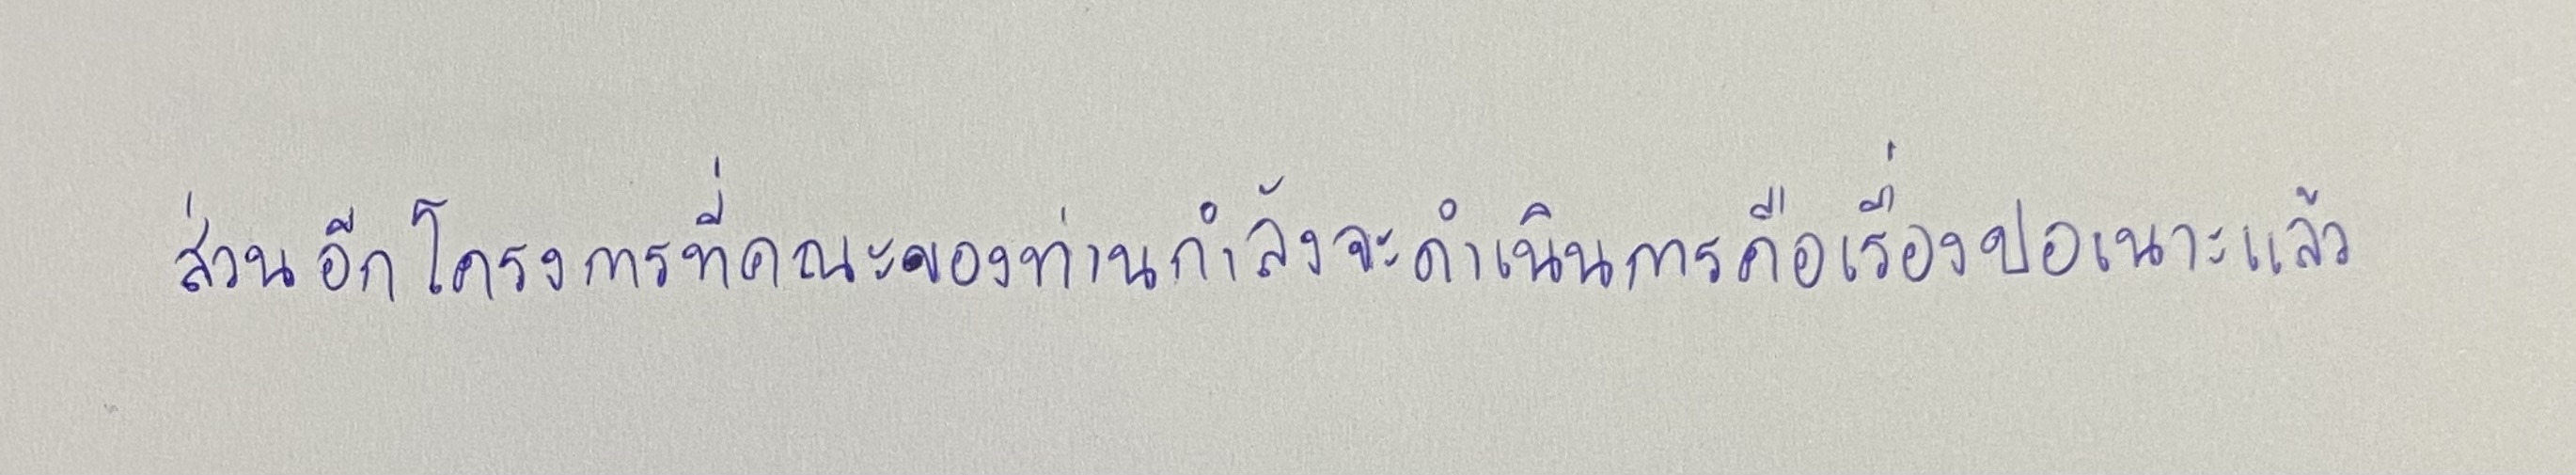
ส่วนอีกโครงการที่คณะของท่านกำลังจะดำเนินการคือเรื่องปอเนาะแล้ว